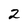
Character: 2